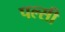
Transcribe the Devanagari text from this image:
पल्सी